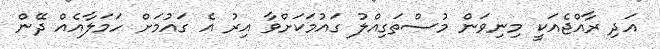
އަދި ރާއްޖެއަކީ މިނިވަން މުސްތަގިއްލު ގައުމަކަށްވާ އިރު އެ ގައުމަށް ހަމަލާއެއް ދޭން